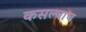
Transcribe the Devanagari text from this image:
कसल्याच